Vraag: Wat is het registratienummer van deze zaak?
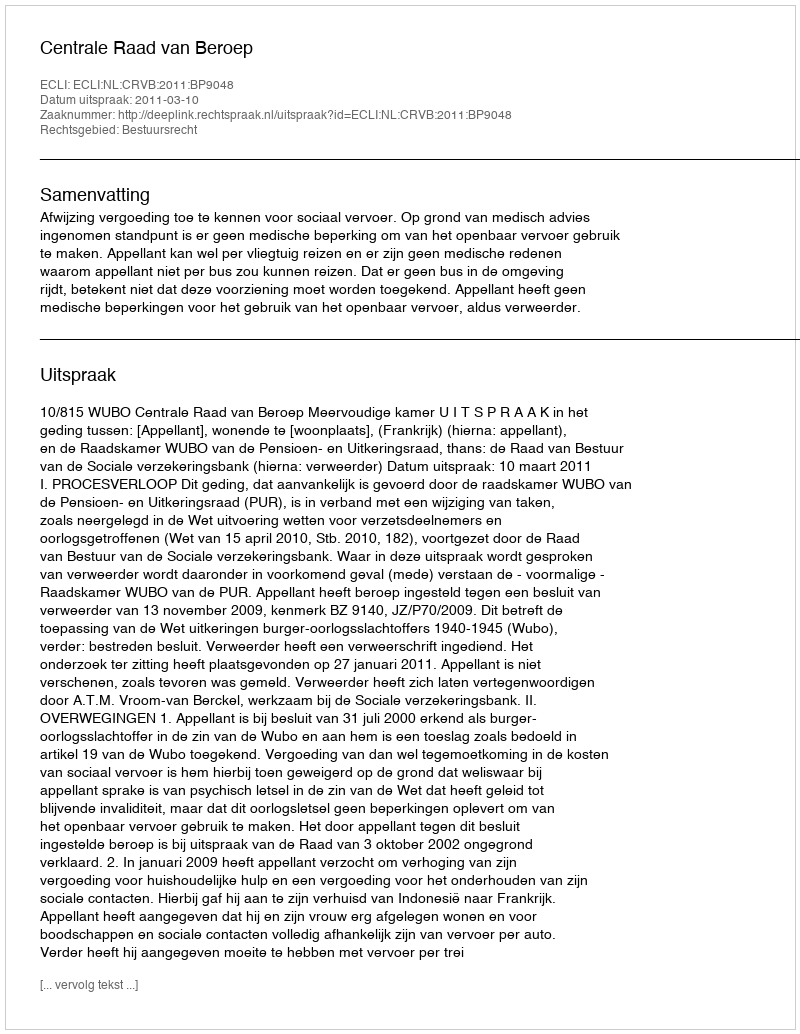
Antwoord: http://deeplink.rechtspraak.nl/uitspraak?id=ECLI:NL:CRVB:2011:BP9048